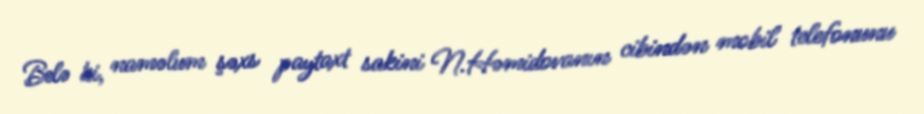
Belə ki, naməlum şəxs paytaxt sakini N.Həmidovanın cibindən mobil telefonunu